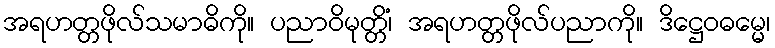
အရဟတ္တဖိုလ်သမာဓိကို။ ပညာဝိမုတ္တိံ၊ အရဟတ္တဖိုလ်ပညာကို။ ဒိဋ္ဌေဝဓမ္မေ၊